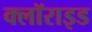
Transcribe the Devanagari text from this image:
क्लॉराइड